Vaccination in Burma 1900-1911 - 1900-1911
Year: 1900
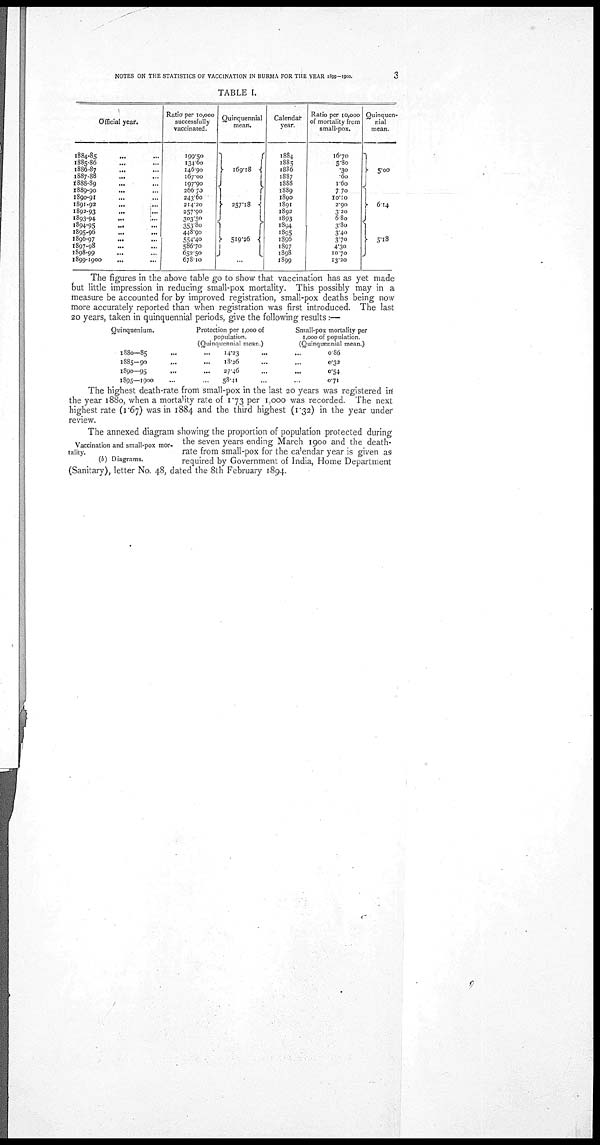
NOTES ON THE STATISTICS OF VACCINATION IN BURMA FOR THE YEAR 1899-1900.
3
TABLE I.
Official year.
1884-85... ... ... ...
1885-86... ... ... ...
1886-87... ... ... ...
1887-88... ... ... ...
1888-89... ... ... ...
1889-90... ... ... ...
1890-91... ... ... ...
1891-92...
...
...
...
1892-93...
...
...
...
1893-94...
...
...
...
1894-95... ... ... ...
1895-96... ... ... ...
1896-97... ... ... ...
1897-98... ... ... ...
1898-99... ... ... ...
1899-1900... ... ... ...
Ratio per 10,000
successfully
vaccinated.
199.50
l34.60
146.90
167.00
197.90
266.70
243.60
214.20
257.90
303.50
353.80
448.90
554.40
586.70
652.50
678.10
Quinquennial
mean.
169.18
257.18
519.26
Calendar
year.
1884
1885
1886
1887
1888
1889
1890
1891
1892
1893
1894
1895
1896
1897
1898
1899
Ratio per 10,000
of mortality from
small-pox.
16.70
5.80
.30
.60
1.60
7.70
10.10
2.90
3.20
6.80
3.80
3.40
3.70
4.30
10.70
13.20
Quinquen-
nial
mean.
5.00
6.14
5.18
The figures in the above table go to show that vaccination has as yet made
but little impression in reducing small-pox mortality. This possibly may in a
measure be accounted for by improved registration, small-pox deaths being now
more accurately reported than when registration was first introduced. The last
20 years, taken in quinquennial periods, give the following results:—
Quinquenium.
Protection per 1,000 of
population,
(Quinquennial mean.)
1880—85... ... ...
1885—90... ... ...
1890—95... ... ...
1895—1900... ... ...
Small-pox mortality per
1,000 of population.
(Quinquennial mean.)
14.23
18.26
27.46
58.41
0.86
0.32
0.54
0.71
The highest death-rate from small-pox in the last 20 years was registered in
the year 1880, when a mortality rate of 1.73 per 1,000 was recorded. The next
highest rate (1.67) was in 1884 and the third highest (1.32) in the year under
review.
Vaccination and small-pox mor-
tality.
(b) Diagrams.
The annexed diagram showing the proportion of population protected during
the seven years ending March 1900 and the death-
rate from small-pox for the calendar year is given as
required by Government of India, Home Department
(Sanitary), letter No. 48, dated the 8th February 1894.